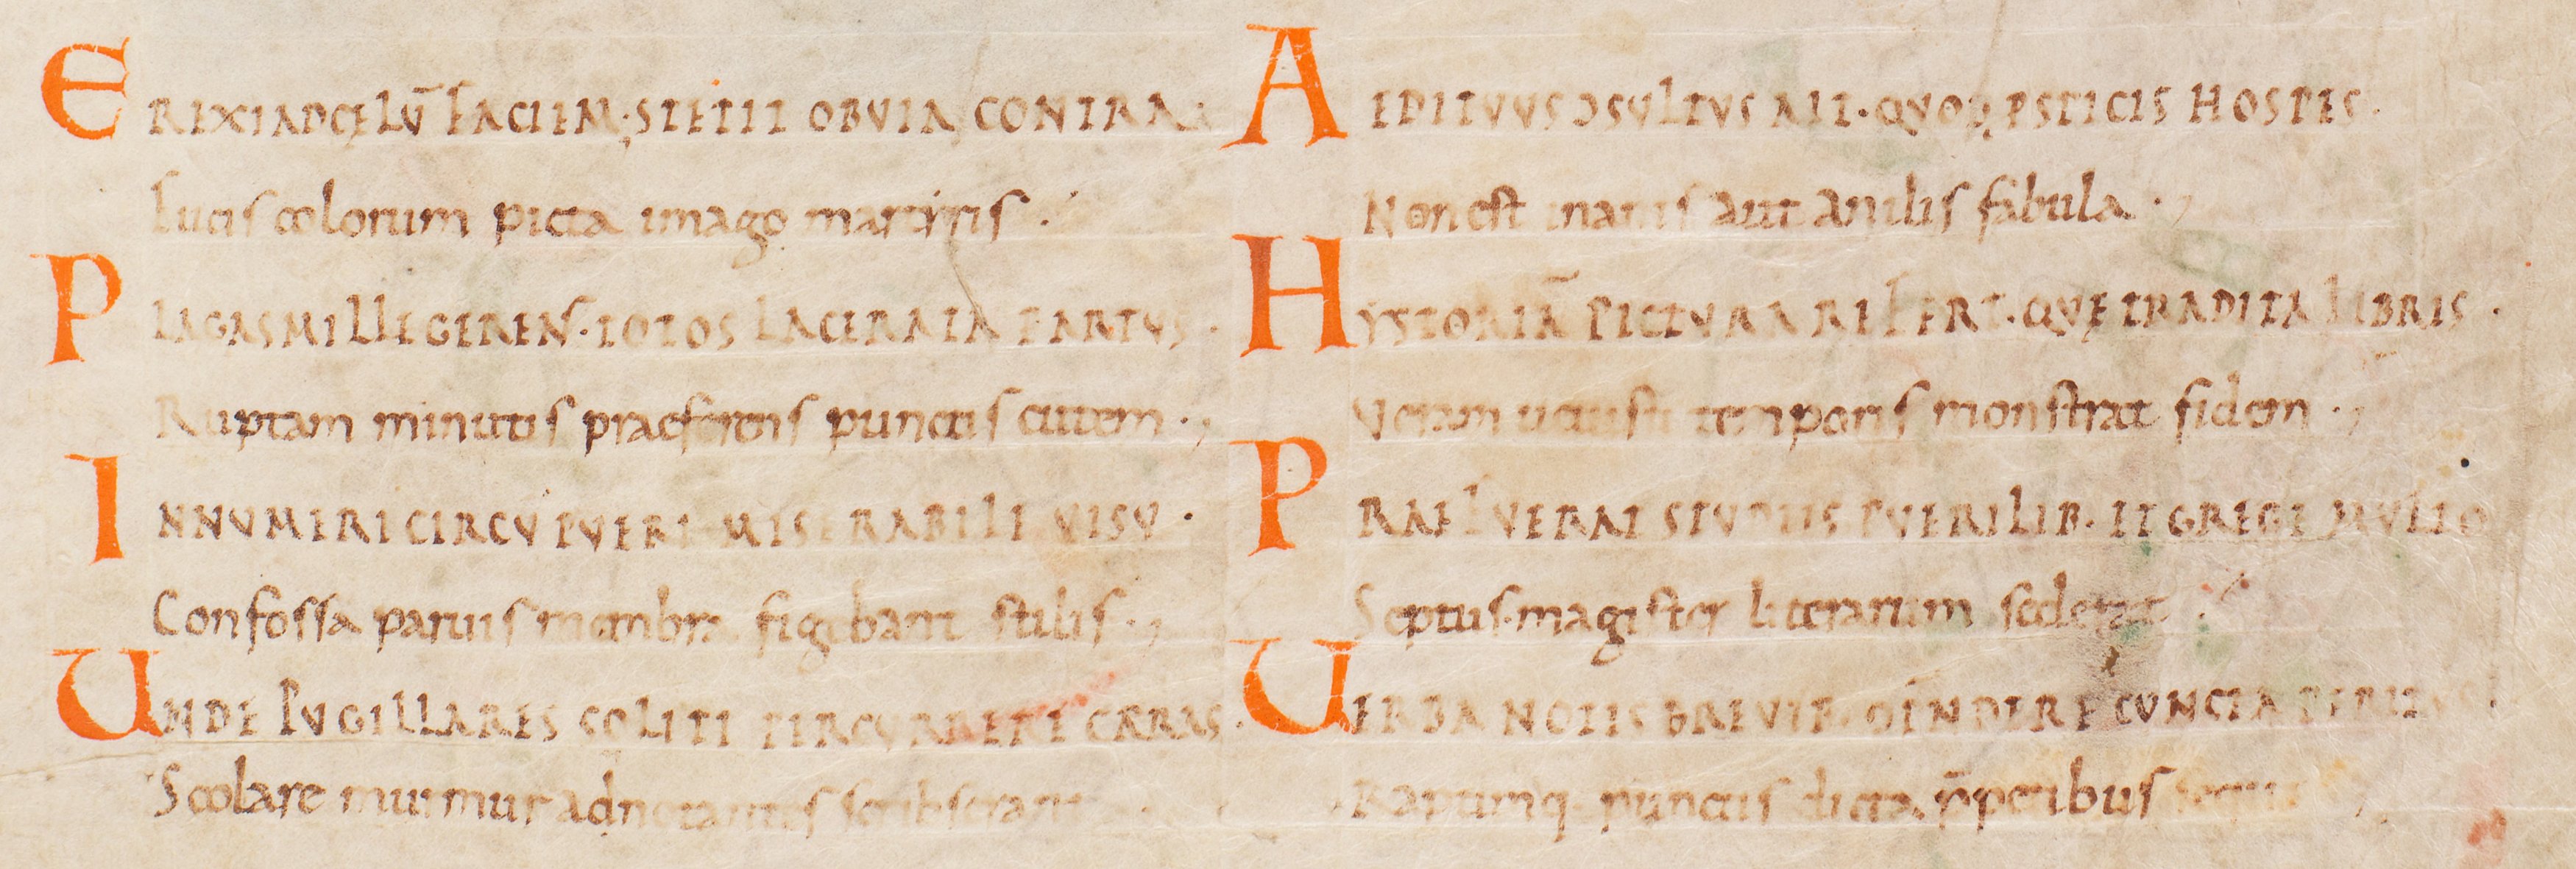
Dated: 885–915